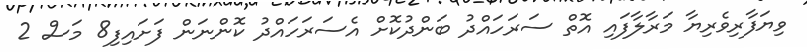
ވިޔަފާރިވެރިޔާ މަރާލާފައި އޮތް ސަރަހައްދު ބަންދުކޮށް އެސަރަހައްދު ކޮންނަން ފަށައިފި8 މަސް 2